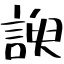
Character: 諛